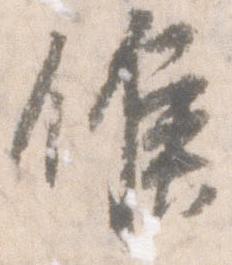
候